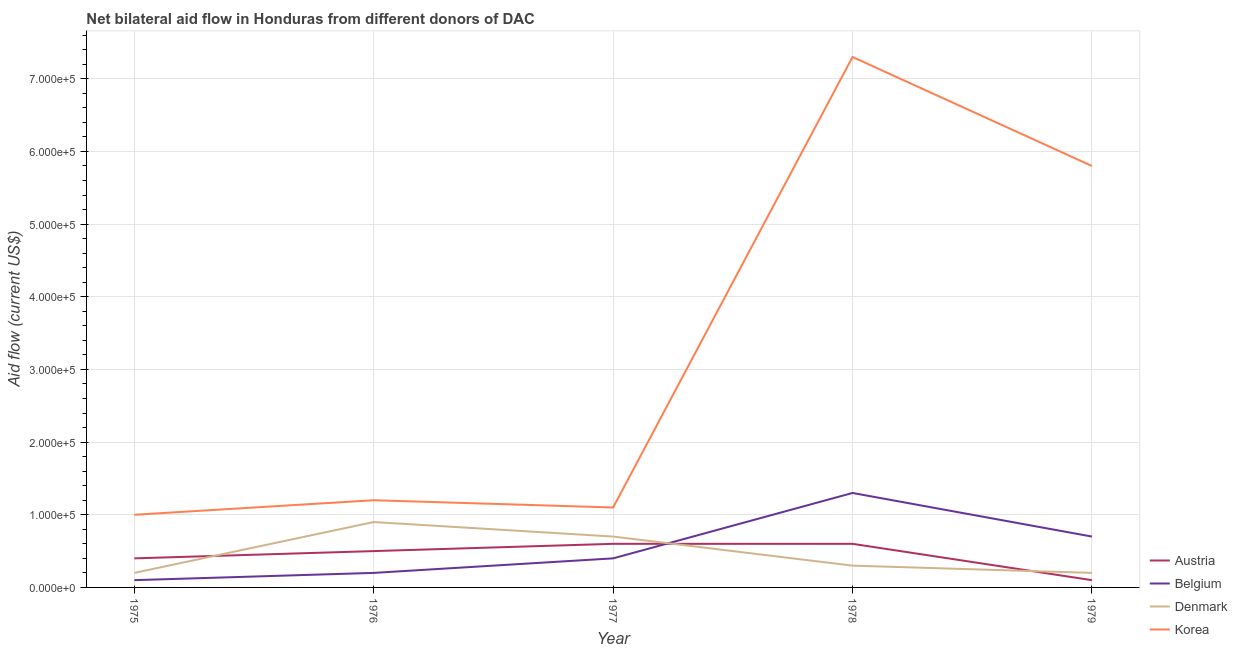
| Year | Austria | Belgium | Denmark | Korea |
 | --- | --- | --- | --- | --- |
 | 1975 | 4e+04 | 1e+04 | 2e+04 | 1e+05 |
 | 1976 | 5e+04 | 2e+04 | 9e+04 | 1.2e+05 |
 | 1977 | 6e+04 | 4e+04 | 7e+04 | 1.1e+05 |
 | 1978 | 6e+04 | 1.3e+05 | 3e+04 | 7.3e+05 |
 | 1979 | 1e+04 | 7e+04 | 2e+04 | 5.8e+05 |